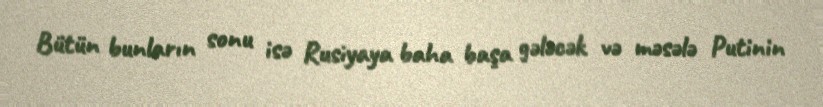
Bütün bunların sonu isə Rusiyaya baha başa gələcək və məsələ Putinin